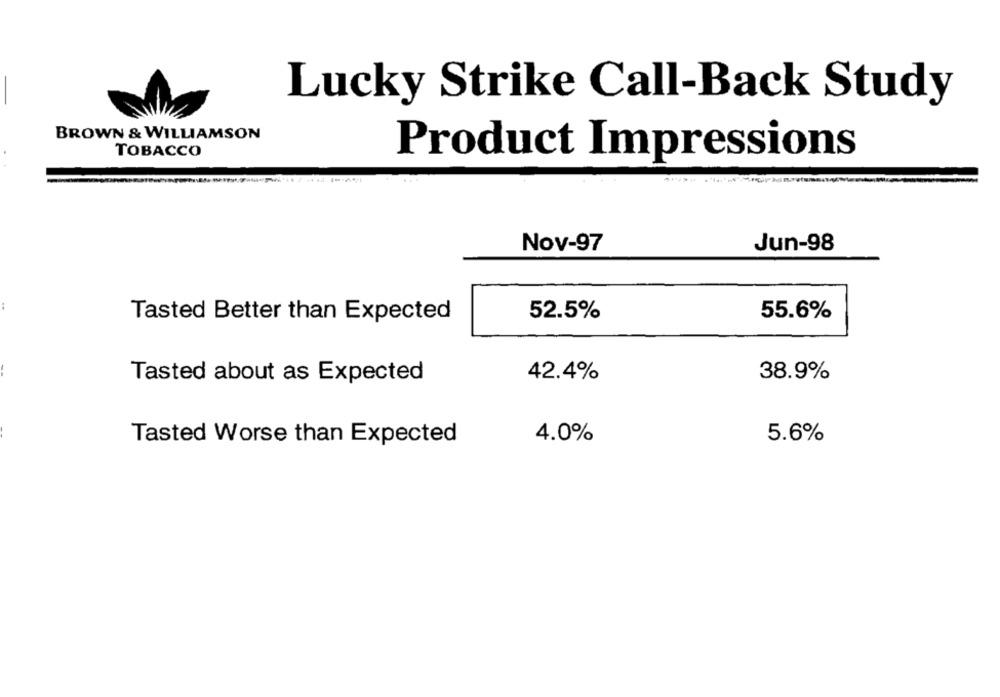
Lucky Strike Call-Back Study
BROWN & WILLIAMSON
TOBACCO
Product Impressions
Nov-97
Jun-98
Tasted Better than Expected
52.5%
55.6%
42.4%
38.9%
Tasted about as Expected
4.0%
5.6%
Tasted Worse than Expected